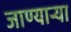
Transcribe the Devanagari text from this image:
जाण्यार्‍या